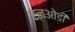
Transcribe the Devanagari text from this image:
एनओडी